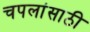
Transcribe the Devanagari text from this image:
चपलांसाठी